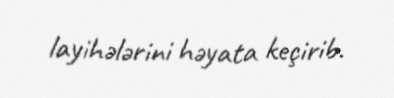
layihələrini həyata keçirib.